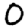
Digit: 0